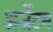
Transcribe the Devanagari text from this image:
अर्जेटम